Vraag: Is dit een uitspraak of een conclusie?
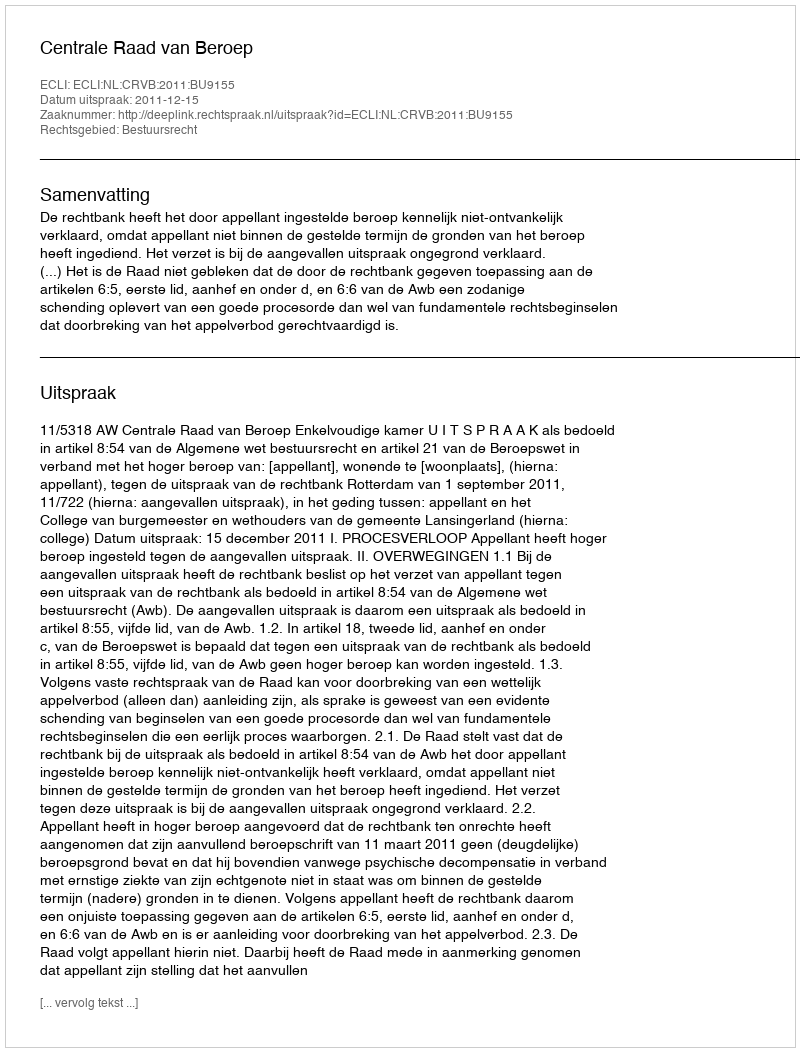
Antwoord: Uitspraak